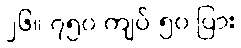
၂၆။ ၇၅၀ ကျပ် ၅၀ ပြား